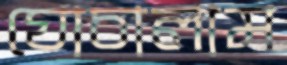
ঘোচালাম